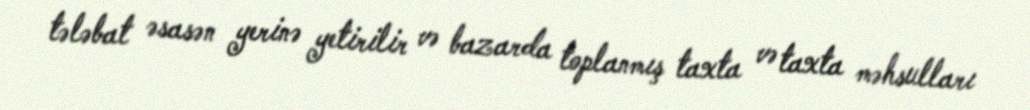
tələbat əsasən yerinə yetirilir və bazarda toplanmış taxta və taxta məhsulları